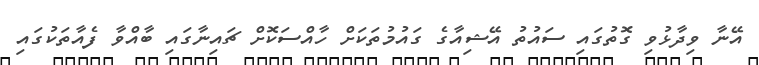
އޭނާ ވިދާޅުވި ގޮތުގައި ސައުތު އޭޝިއާގެ ގައުމުތަކަށް ހާއްސަކޮށް ޗައިނާގައި ބާއްވާ ފެއާތަކުގައި